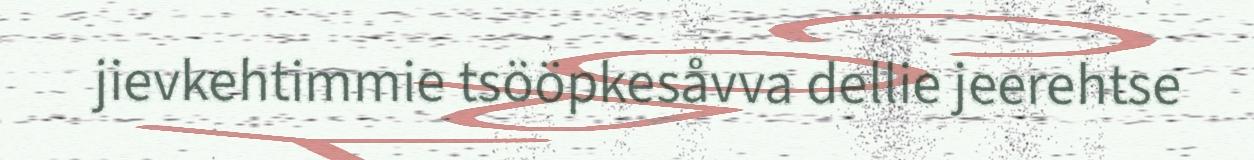
jievkehtimmie tsööpkesåvva dellie jeerehtse